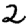
Digit: 2